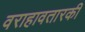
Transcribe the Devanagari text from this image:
वराहावतारकी